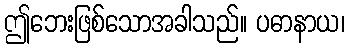
ဤဘေးဖြစ်သောအခါသည်။ ပဓာနာယ၊